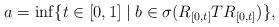
LaTeX: \begin{align*}a=\inf\{t\in[0,1]\mid b\in\sigma(R_{[0,t]}TR_{[0,t]})\},\end{align*}